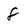
Character: 8